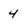
Character: 4